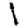
Digit: 1